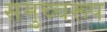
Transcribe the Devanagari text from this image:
समुच्चरूप